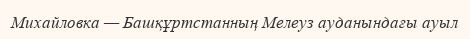
Михайловка — Башқұртстанның Мелеуз ауданындағы ауыл